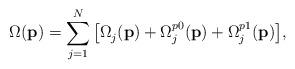
LaTeX: \begin{align*}\Omega({\textbf{p}}) = \sum\limits_{j = 1}^N {\left[ {{\Omega}_j^{}({\textbf{p}}) + {\Omega}_j^{p0}({\textbf{p}}) + {\Omega}_j^{p1}({\textbf{p}})} \right]},\end{align*}